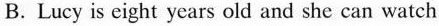
B.Lucy is eight years old and she can watch